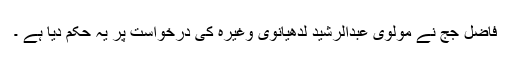
فاضل جج نے مولوی عبدالرشید لدھیانوی وغیرہ کی درخواست پر یہ حکم دیا ہے ۔